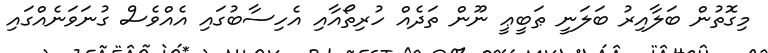
މިގޮތުން ބަލާއިރު ބަލަނީ ޠަބީޢީ ނޫން ތަދެއް ހުރިތޯއާއި އެހިސާބުގައި އެއްވެސް ގުނަވަނެއްގައި